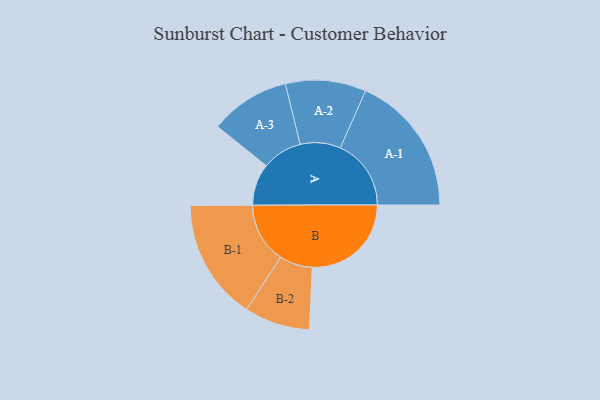
{"axis": {"x": "Segment", "y": "Value"}, "legend": ["", "A", "B"], "data": [{"x": "A", "y": 163, "type": ""}, {"x": "B", "y": 386, "type": ""}, {"x": "A-1", "y": 276, "type": "A"}, {"x": "A-2", "y": 157, "type": "A"}, {"x": "A-3", "y": 156, "type": "A"}, {"x": "B-1", "y": 236, "type": "B"}, {"x": "B-2", "y": 128, "type": "B"}]}